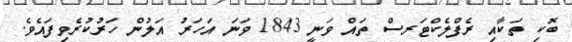
ބޮކި ތަކާއި ރެފްލެކްޓަރސް ތައް ވަނީ 1843 ވަނަ އަހަރު އަލުން ހަރުކުރެވިފައެވެ.